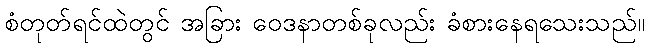
စံတုတ်ရင်ထဲတွင် အခြား ဝေဒနာတစ်ခုလည်း ခံစားနေရသေးသည်။